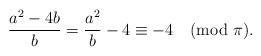
LaTeX: \begin{align*} \frac{a^2 - 4b}{b} = \frac{a^2}{b} - 4 \equiv -4 \pmod{\pi}.\end{align*}